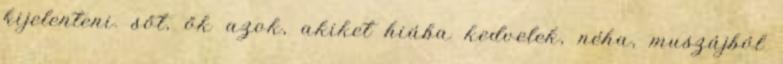
kijelenteni. sőt, ők azok, akiket hiába kedvelek, néha, muszájból